Materia medica of Madras volume I
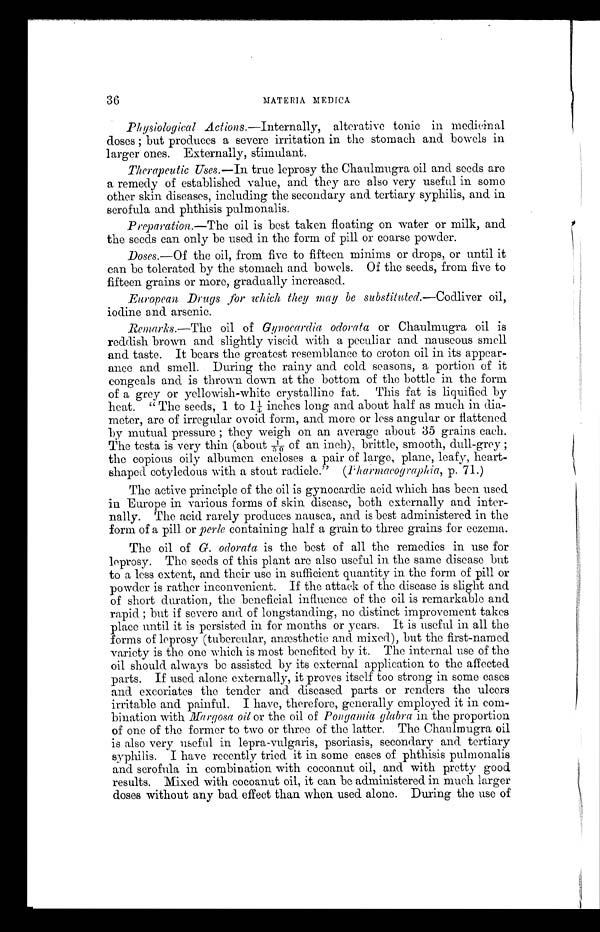
36
MATERIA MEDICA
Physiological Actions.—Internally, alterative tonic in medicinal
doses ; but produces a severe irritation in the stomach and bowels in
larger ones. Externally, stimulant.
Therapeutic Uses.—In true leprosy the Chaulmugra oil and seeds are
a remedy of established value, and they are also very useful in some
other skin diseases, including the secondary and tertiary syphilis, and in
scrofula and phthisis pulmonalis.
Preparation.—The oil is best taken floating on water or milk, and
the seeds can only be used in the form of pill or coarse powder.
Doses.—Of the oil, from five to fifteen minims or drops, or until it
can be tolerated by the stomach and bowels. Of the seeds, from five to
fifteen grains or more, gradually increased.
European Drugs for which they may be substituted.—Codliver oil,
iodine and arsenic.
Remarks.—The oil of Gynocardia odorata or Chaulmugra oil is
reddish brown and slightly viscid_ with a peculiar and nauseous smell
and taste. It bears the greatest resemblance to croton oil in its appear-
ance and smell. During the rainy and cold seasons, a portion of it
congeals and is thrown down at the bottom of the bottle in the form
of a grey or yellowish-white crystalline fat. This fat is liquified by
heat. " The seeds, 1 to 1/4 inches long and about half as much in dia-
meter, arc of irregular ovoid form, and more or less angular or flattened
by mutual pressure ; they weigh on an average about 35 grains each.
The testa is very thin (about 1/50 of an inch), brittle, smooth, dull-grey ;
the copious oily albumen encloses a pair of large, plane, leafy, heart-
shaped cotyledons with a stout radicle.
(Fharmacographia, p. 71.)
The active principle of the oil is gynocardic acid which has been used
in Europe in various forms of skin disease, both externally and inter-
nally. The acid rarely produces nausea, and is best administered in the
form of a pill or perle containing half a grain to three grains for eczema.
The oil of G. odorata is the best of all the remedies in use for
leprosy. The seeds of this plant are also useful in the same disease but
to a less extent, and their use in sufficient quantity in the form of pill or
powder is rather inconvenient. If the attack of the disease is slight and
of short duration, the beneficial influence of the oil is remarkable and
rapid ; but if severe and of longstanding, no distinct improvement takes
place until it is persisted in for mouths or years. It is useful in all the
forms of leprosy (tubercular, anæsthetic and mixed), but the first-named
variety is the one which is most benefited by it. The internal use of the
oil should always be assisted by its external application to the affected
parts. If used alone externally, it proves itself too strong in some cases
and excoriates the tender and diseased parts or renders the ulcers
irritable and painful. I have, therefore, generally employed it in com-
bination with Margosa oil or the oil of Pongamia glabra in the proportion
of one of the former to two or three of the latter. The Chaulmugra oil
is also very useful in lepra-vulgaris, psoriasis, secondary and tertiary
syphilis. I have recently tried it in some cases of phthisis pulmonalis
and scrofula in combination with cocoanut oil, and with pretty good
results. Mixed with cocoanut oil, it can be administered in much larger
doses without any bad effect than when used alone. During the use of